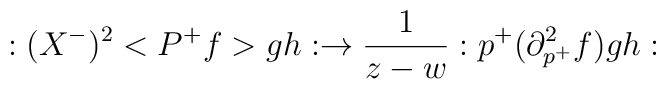
:(X^{-})^2<P^{+}f>gh:\rightarrow \frac 1{z-w}:p^{+}(\partial _{p^{+}}^2f)gh: